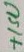
Text: +15V